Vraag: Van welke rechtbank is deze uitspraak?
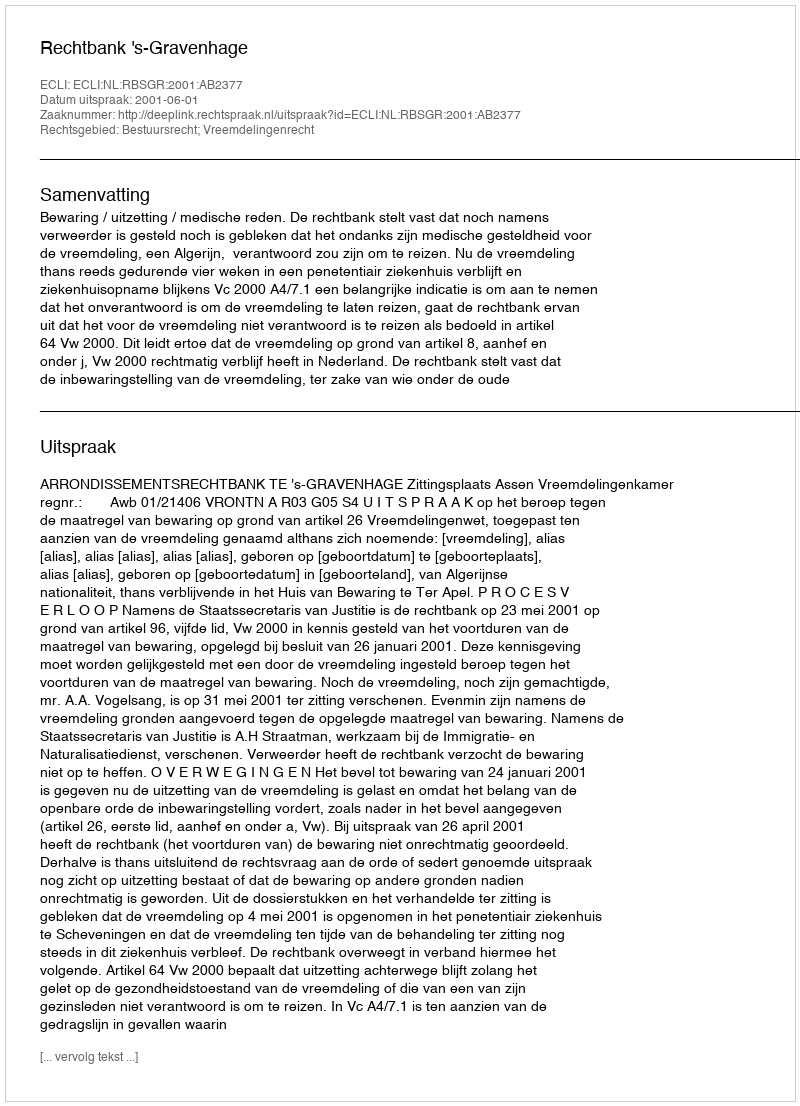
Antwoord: Rechtbank 's-Gravenhage